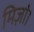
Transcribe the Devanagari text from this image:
मिर्ज़ा।